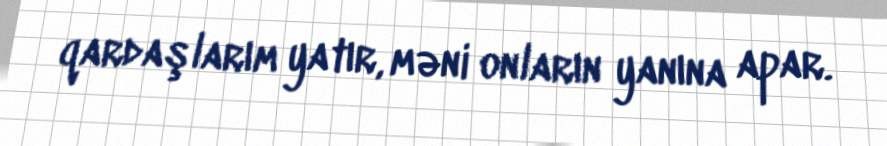
qardaşlarım yatır, məni onların yanına apar.